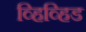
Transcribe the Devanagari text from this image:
व्हिव्हिड